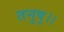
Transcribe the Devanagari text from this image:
तनुषु।।